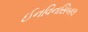
ઈનવિનસિબલ